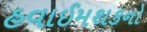
હવાઈમથકનો